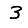
Digit: 3